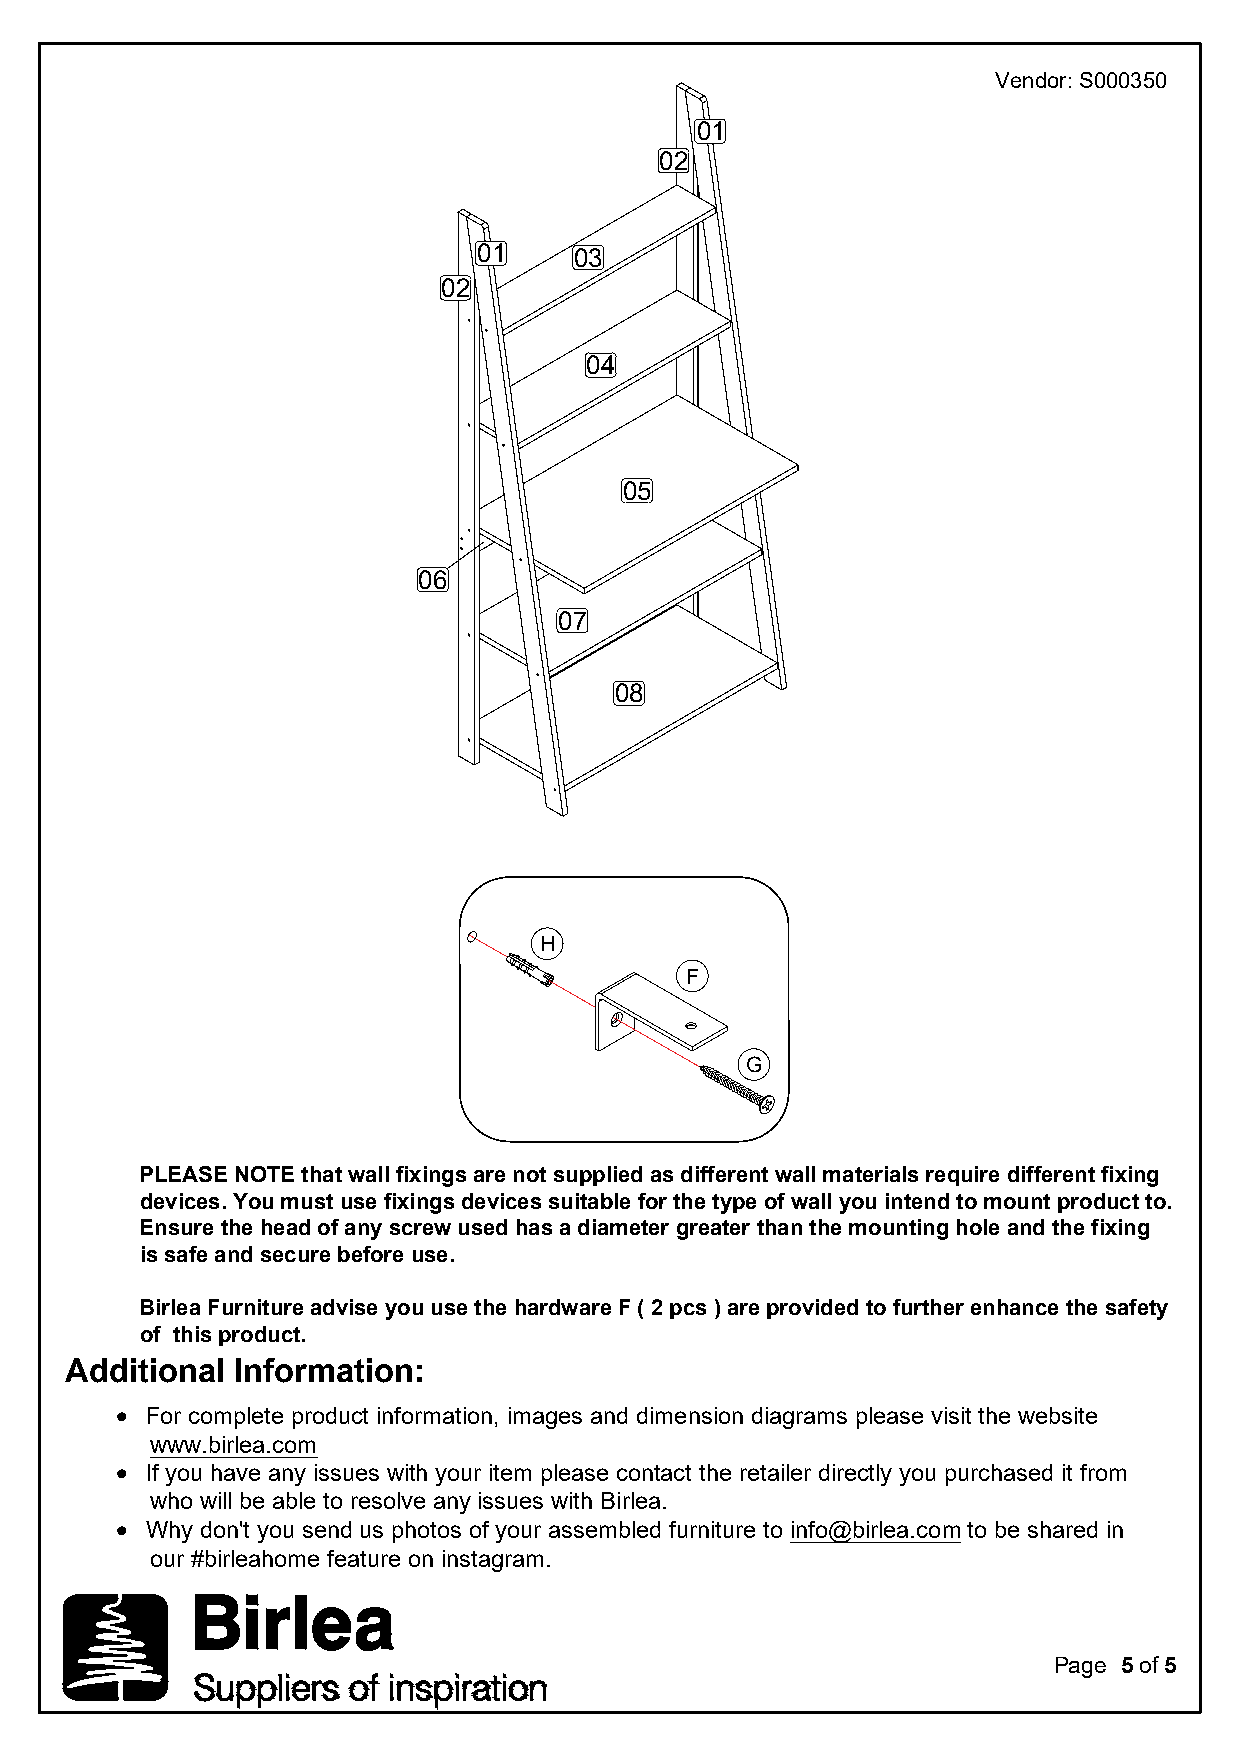
Vendor: S000350
 01
 02
 01    03
 02
 04
 05
 06
 07
 08
 H
 F
 G
 PLEASE NOTE that wall fixings are not supplied as different wall materials require different fixing
 devices. You must use fixings devices suitable for the type of wall you intend to mount product to.
 Ensure the head of any screw used has a diameter greater than the mounting hole and the fixing
 is safe and secure before use.
 Birlea Furniture advise you use the hardware F ( 2 pcs ) are provided to further enhance the safety
 of this product.
 Additional  Information:
 · For complete product information, images and dimension diagrams please visit the website
 www.birlea.com
 · If you have any issues with your item please contact the retailer directly you purchased it from
 who will be able to resolve any issues with Birlea.
 · Why don't you send us photos of your assembled furniture to info@birlea.com to be shared in
 our birleahome feature on instagram.
 Page 5 of 5